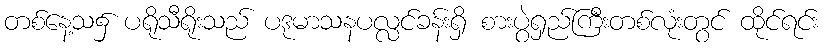
တစ်နေ့သ၌ ပရိုသီရိုးသည် ပဒုမာသနပလ္လင်ခန်းရှိ စားပွဲရှည်ကြီးတစ်လုံးတွင် ထိုင်ရင်း